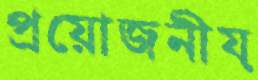
প্রয়োজনীয়